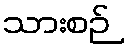
သားစဉ်